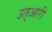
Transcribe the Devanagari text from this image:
उत्आरी